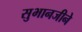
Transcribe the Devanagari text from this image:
सुभानजीने